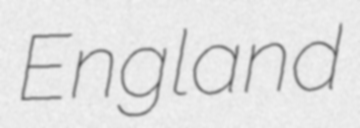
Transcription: England